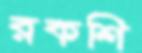
রকশি